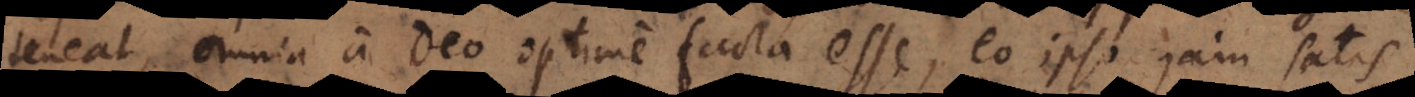
teneat, omnia a Deo optime facta esse, eo ipso jam satis